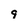
Character: 9